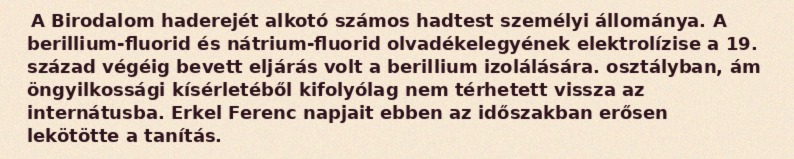
A Birodalom haderejét alkotó számos hadtest személyi állománya. A berillium-fluorid és nátrium-fluorid olvadékelegyének elektrolízise a 19. század végéig bevett eljárás volt a berillium izolálására. osztályban, ám öngyilkossági kísérletéből kifolyólag nem térhetett vissza az internátusba. Erkel Ferenc napjait ebben az időszakban erősen lekötötte a tanítás.